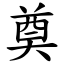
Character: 奠